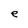
Character: e